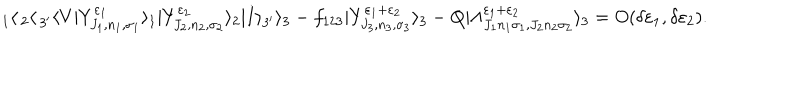
_ 1 \langle \, _ { 2 } \langle \, _ { 3 ^ { \prime } } \langle V | Y _ { J _ { 1 } , n _ { 1 } , \sigma _ { 1 } } ^ { \varepsilon _ { 1 } } \rangle _ { 1 } | Y _ { J _ { 2 } , n _ { 2 } , \sigma _ { 2 } } ^ { \varepsilon _ { 2 } } \rangle _ { 2 } | I \rangle _ { 3 ^ { \prime } } \rangle _ { 3 } - f _ { 1 2 3 } | Y _ { J _ { 3 } , n _ { 3 } , \sigma _ { 3 } } ^ { \varepsilon _ { 1 } + \varepsilon _ { 2 } } \rangle _ { 3 } - Q | \Lambda _ { J _ { 1 } n _ { 1 } \sigma _ { 1 } , J _ { 2 } n _ { 2 } \sigma _ { 2 } } ^ { \varepsilon _ { 1 } + \varepsilon _ { 2 } } \rangle _ { 3 } = O ( \delta \varepsilon _ { 1 } , \delta \varepsilon _ { 2 } ) .